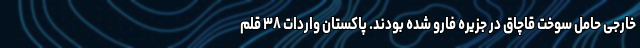
خارجی حامل سوخت قاچاق در جزیره فارو شده بودند. پاکستان واردات ۳۸ قلم